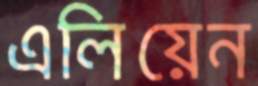
এলিয়েন